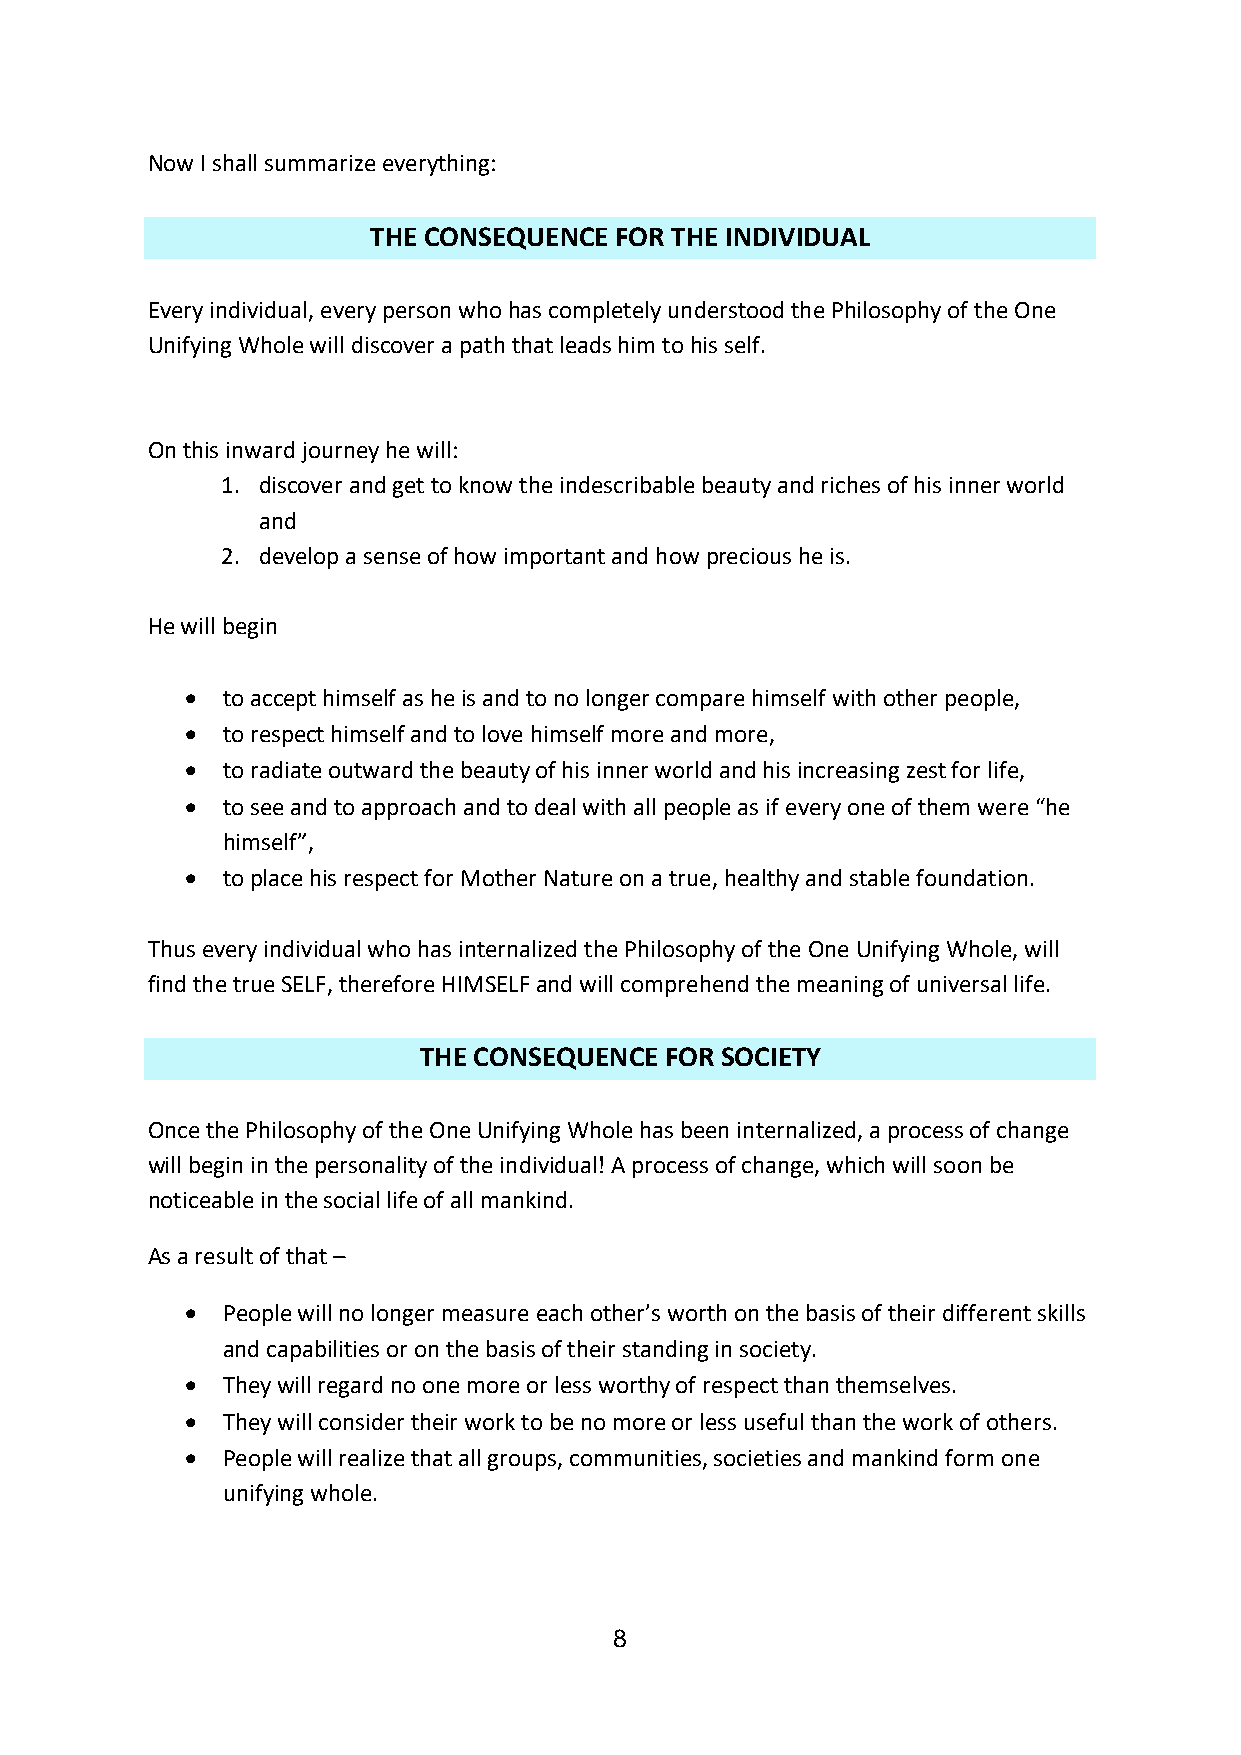
Now I shall summarize everything:
 THE CONSEQUENCE  FOR THE INDIVIDUAL
 Every individual, every person who has completely understood the Philosophy of the One
 Unifying Whole will discover a path that leads him to his self.
 On this inward journey he will:
 1. discover and get to know the indescribable beauty and riches of his inner world
 and
 2. develop a sense of how important and how precious he is.
 He will begin
   to accept himself as he is and to no longer compare himself with other people,
   to respect himself and to love himself more and more,
   to radiate outward the beauty of his inner world and his increasing zest for life,
   to see and to approach and to deal with all people as if every one of them were “he
 himself”,
   to place his respect for Mother Nature on a true, healthy and stable foundation.
 Thus every individual who has internalized the Philosophy of the One Unifying Whole, will
 find the true SELF, therefore HIMSELF and will comprehend the meaning of universal life.
 THE CONSEQUENCE FOR SOCIETY
 Once the Philosophy of the One Unifying Whole has been internalized, a process of change
 will begin in the personality of the individual! A process of change, which will soon be
 noticeable in the social life of all mankind.
 As a result of that –
   People will no longer measure each other’s worth on the basis of their different skills
 and capabilities or on the basis of their standing in society.
   They will regard no one more or less worthy of respect than themselves.
   They will consider their work to be no more or less useful than the work of others.
   People will realize that all groups, communities, societies and mankind form one
 unifying whole.
 8